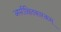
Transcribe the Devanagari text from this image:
अपरीक्षितकारकम्